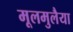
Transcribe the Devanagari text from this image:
मूलमुलैया